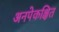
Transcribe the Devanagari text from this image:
अनपेकक्षित